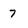
Character: 7